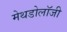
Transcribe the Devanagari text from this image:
मेथडोलॉजी